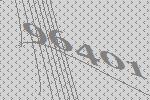
96401